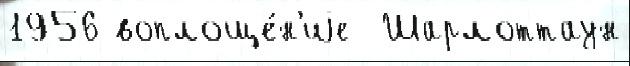
1956 воплоще́н'иjе  Шарлоттаун